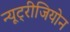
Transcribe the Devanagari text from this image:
न्यूट्रीजियोन